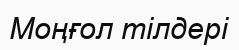
Моңғол тілдері